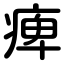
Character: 痺